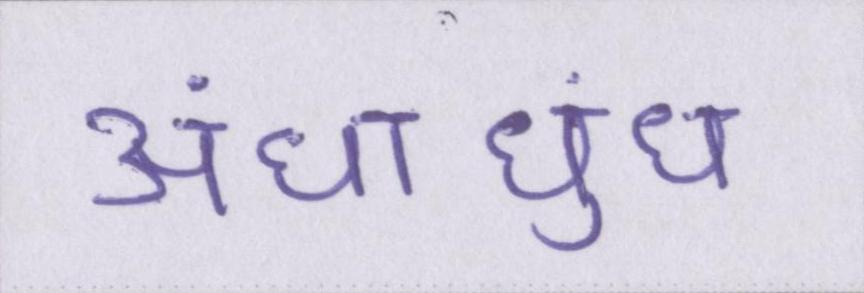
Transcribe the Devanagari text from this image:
अंधाधुंध